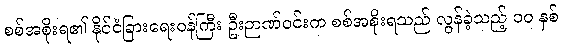
စစ်အစိုးရ၏ နိုင်ငံခြားရေးဝန်ကြီး ဦးဉာဏ်ဝင်းက စစ်အစိုးရသည် လွန်ခဲ့သည့် ၁၀ နှစ်